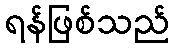
ရန်ဖြစ်သည်